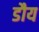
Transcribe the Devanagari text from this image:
डौय